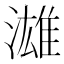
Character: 𱨦